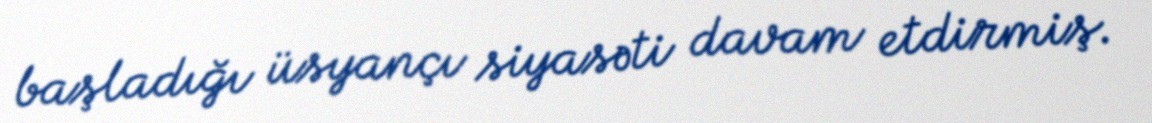
başladığı üsyançı siyasəti davam etdirmiş.